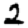
Digit: 2